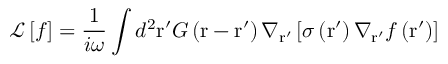
\mathcal { L } \left[ f \right] = \frac { 1 } { i \omega } \int { { { d } ^ { 2 } } \mathrm { { r } ^ { \prime } } G \left( \mathrm { r } - \mathrm { { r } ^ { \prime } } \right) { { \nabla } _ { { \mathrm { { r } ^ { \prime } } } } } \left[ \sigma \left( { \mathrm { { r } ^ { \prime } } } \right) { { \nabla } _ { { \mathrm { { r } ^ { \prime } } } } } f \left( { \mathrm { { r } ^ { \prime } } } \right) \right] }